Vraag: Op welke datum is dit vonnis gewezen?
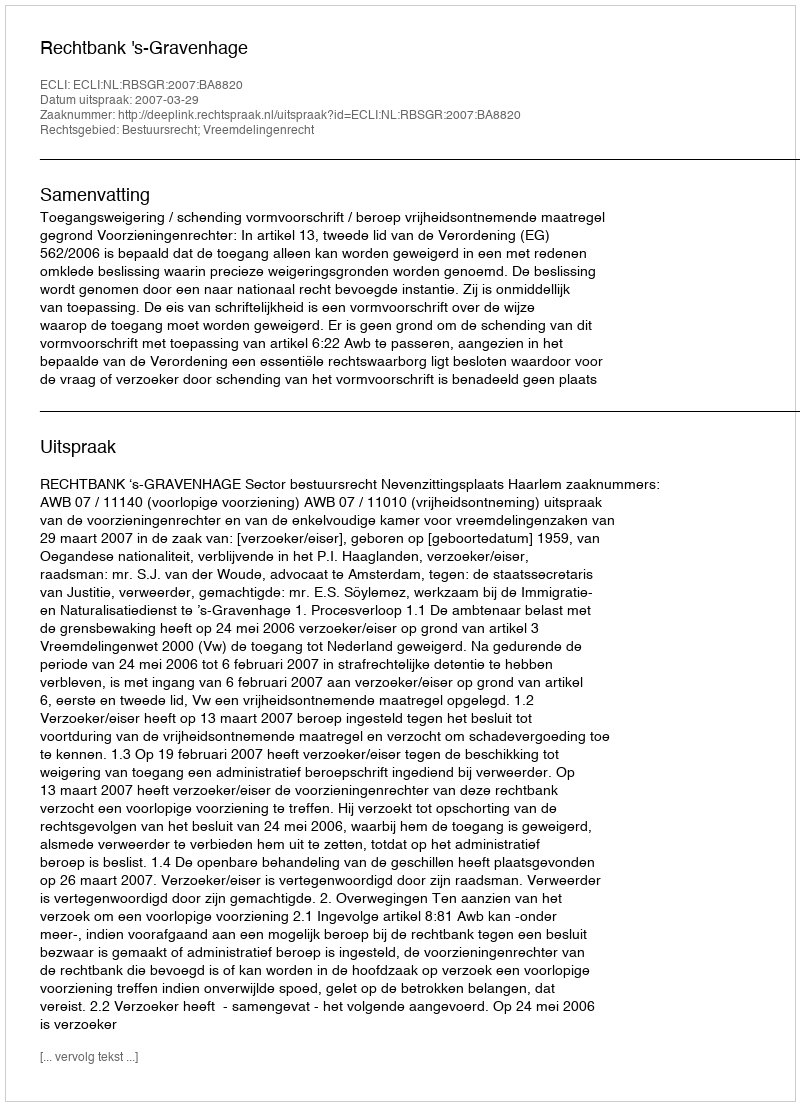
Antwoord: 2007-03-29